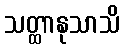
သတ္ထာနုသာသိ